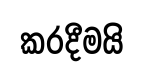
කරදීමයි